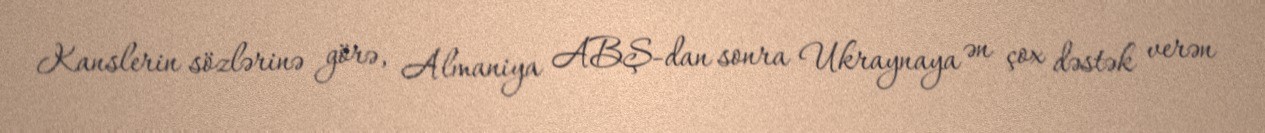
Kanslerin sözlərinə görə, Almaniya ABŞ-dan sonra Ukraynaya ən çox dəstək verən